Annual report on the Civil Veterinary Department, Burma (including the Insein Veterinary School) - 1910-1922
Year: 1910
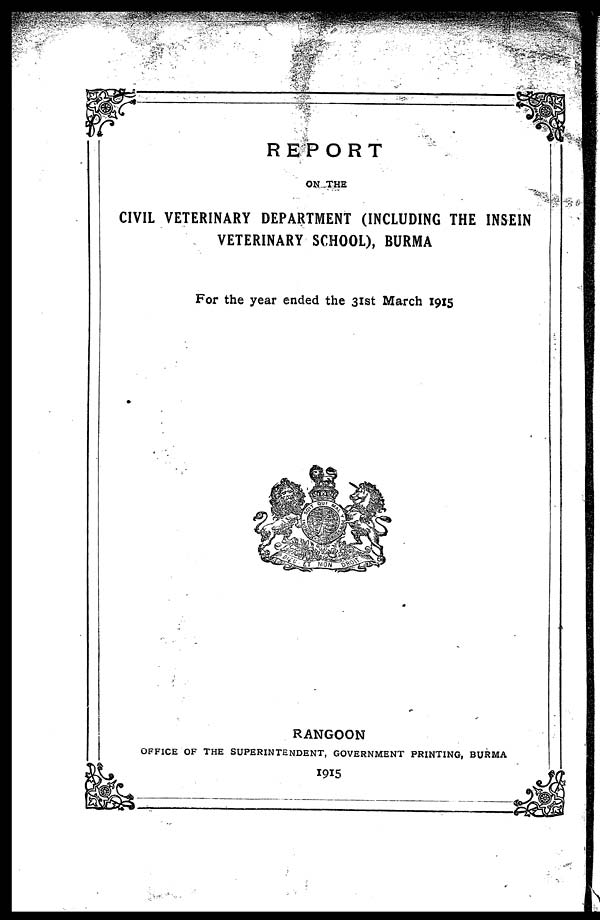
REPORT
ON THE
CIVIL VETERINARY DEPARTMENT (INCLUDING THE INSEIN
VETERINARY SCHOOL), BURMA
For the year ended the 31st March 1915
RANGOON
OFFICE OF THE SUPERINTENDENT, GOVERNMENT PRINTING, BURMA
1915